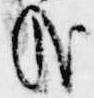
哉